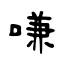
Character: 嗛